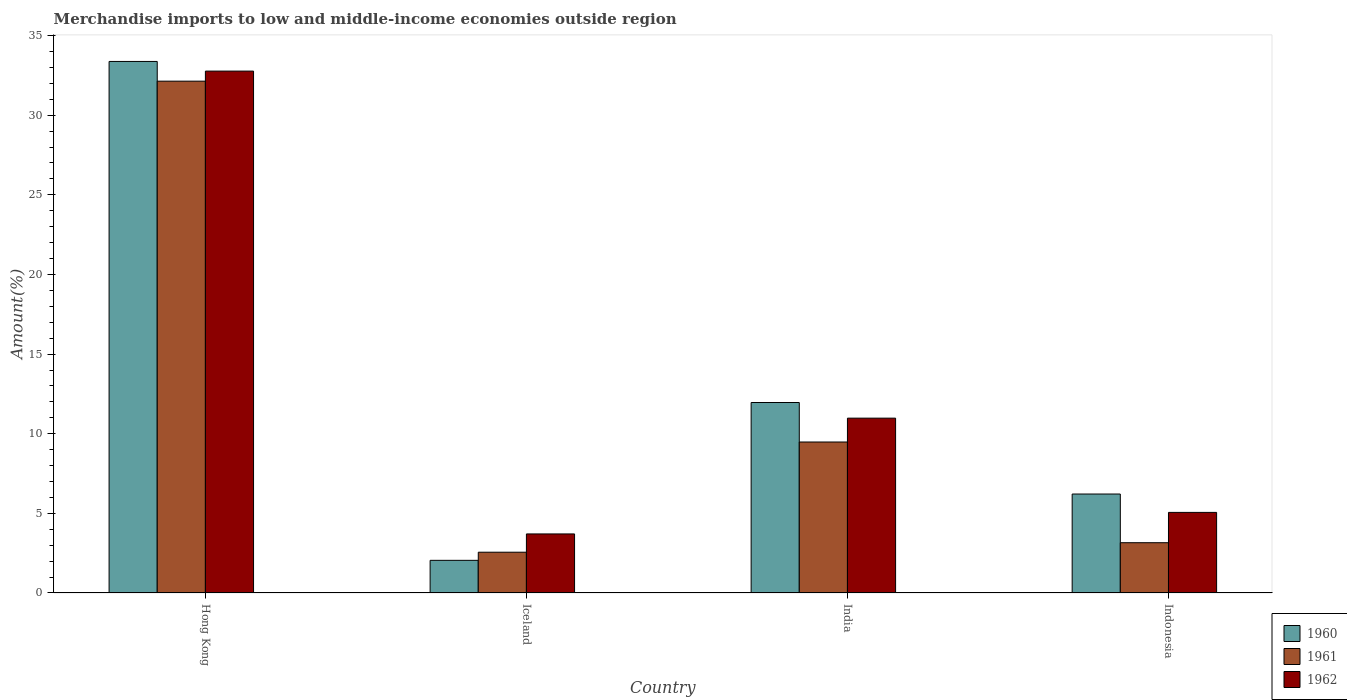
| Country | 1960 | 1961 | 1962 |
 | --- | --- | --- | --- |
 | Hong Kong | 33.4 | 32.1 | 32.8 |
 | Iceland | 2.05 | 2.56 | 3.71 |
 | India | 12 | 9.48 | 11 |
 | Indonesia | 6.21 | 3.16 | 5.06 |